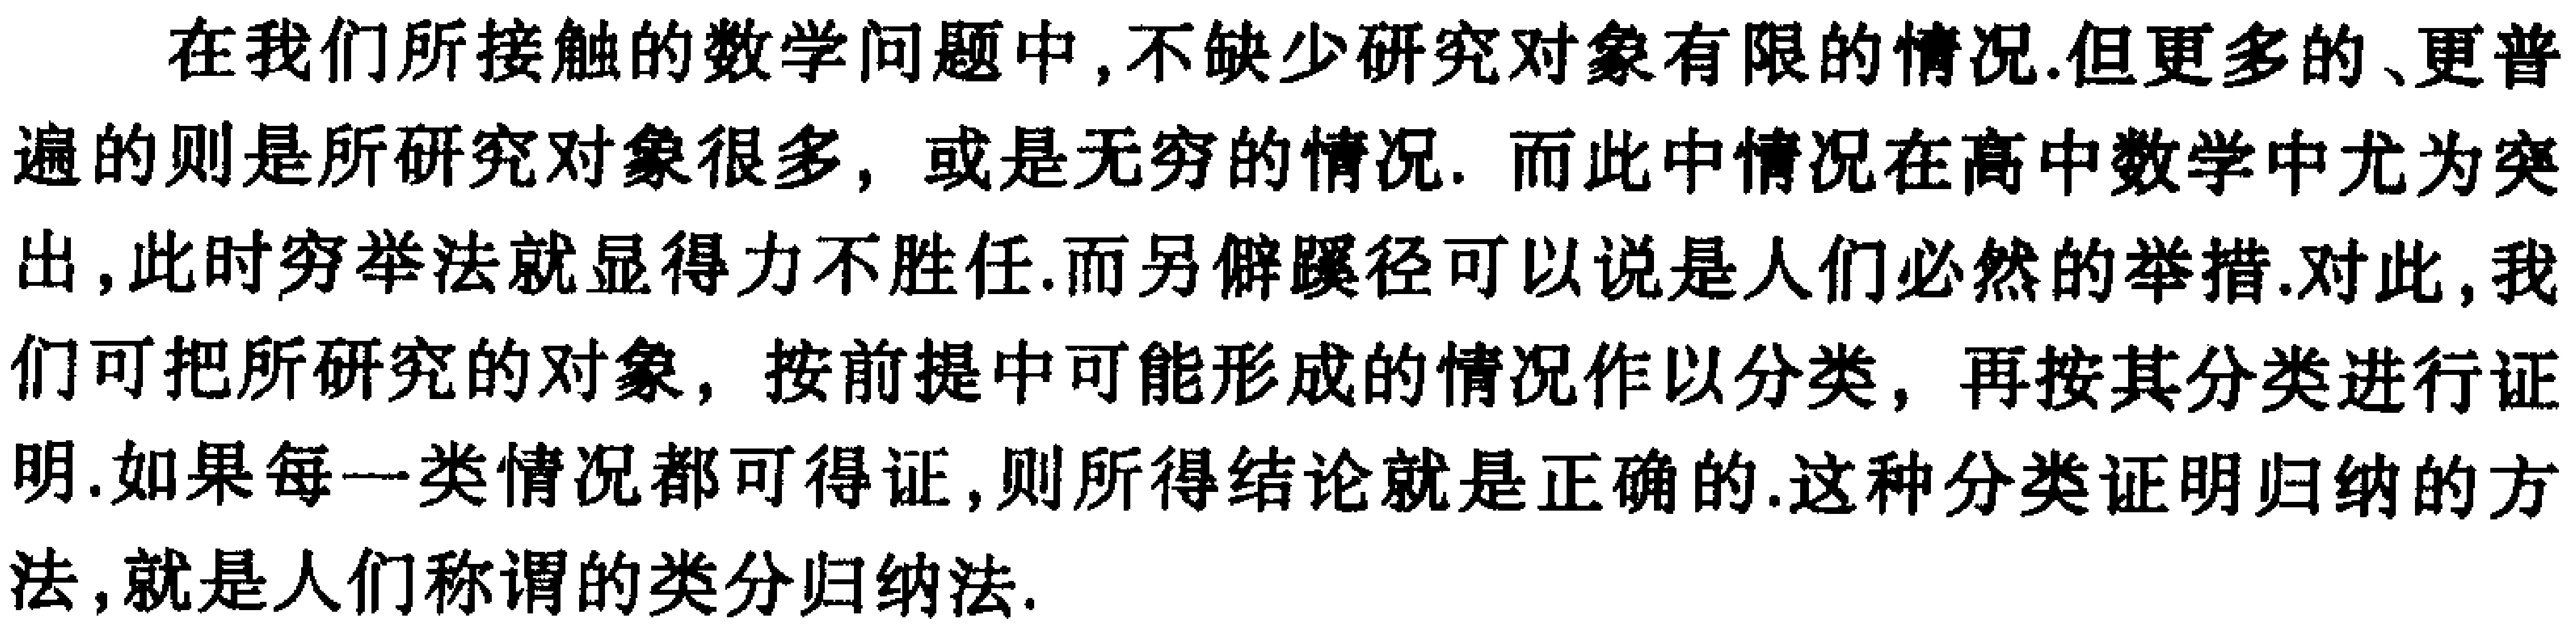
在我们所接触的数学问题中,不缺少研究对象有限的情况.但更多的、更普遍的则是所研究对象很多，或是无穷的情况. 而此中情况在高中数学中尤为突出,此时穷举法就显得力不胜任.而另僻蹊径可以说是人们必然的举措.对此,我们可把所研究的对象，按前提中可能形成的情况作以分类，再按其分类进行证明.如果每一类情况都可得证,则所得结论就是正确的.这种分类证明归纳的方法,就是人们称谓的类分归纳法.